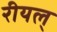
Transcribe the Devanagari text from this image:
रीयल्